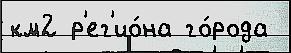
км2 р'ег'ио́на го́рода